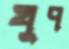
খুপ